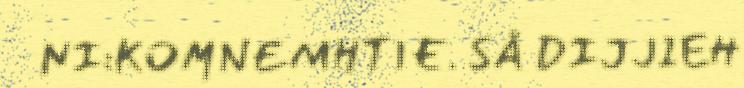
NI:KOMNEMHTIE. SÅ DIJJIEH